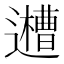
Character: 𨘨